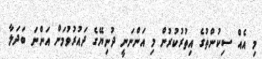
މި އެއް ސިކުންތުގެ އިތުރުކުރުން މި އަންނަނީ ދުނިޔޭގެ ދައުރުވުމަށް އަންނަ ބަދަލާ